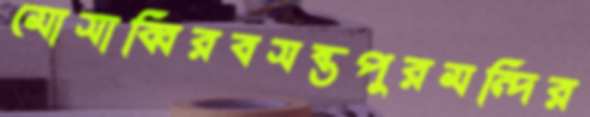
মোসাব্বিরবসন্তপুরমন্দির